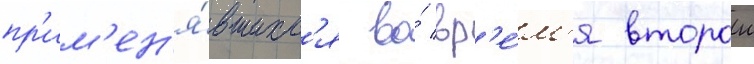
пр'им'ен'я́вшихс'я во́ вр'е́м'я второи